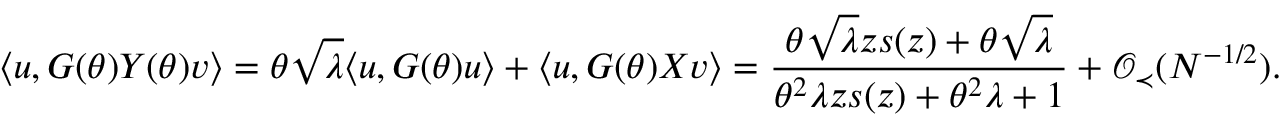
\langle { \boldsymbol u } , G ( \theta ) Y ( \theta ) { \boldsymbol v } \rangle = \theta \sqrt { \lambda } \langle { \boldsymbol u } , G ( \theta ) { \boldsymbol u } \rangle + \langle { \boldsymbol u } , G ( \theta ) X { \boldsymbol v } \rangle = \frac { \theta \sqrt { \lambda } z s ( z ) + \theta \sqrt { \lambda } } { \theta ^ { 2 } \lambda z s ( z ) + \theta ^ { 2 } \lambda + 1 } + { \mathcal O } _ { \prec } ( N ^ { - 1 / 2 } ) .